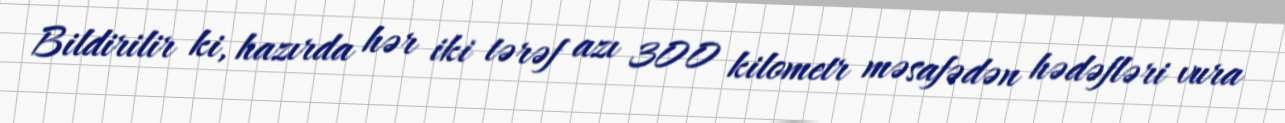
Bildirilir ki, hazırda hər iki tərəf azı 300 kilometr məsafədən hədəfləri vura